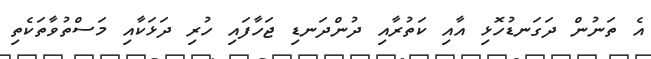
އެ ތަނުން ދަގަނޑުހޮޅި އާއި ކަތުރާއި ދުންދަނޑި ޖަހާފައި ހުރި ދަޅަކާއި މަސްތުވާތަކެތި